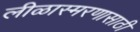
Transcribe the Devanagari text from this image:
लीळास्मरणासाठी